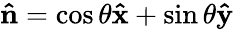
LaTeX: \mathbf{\hat{n}}=\cos\theta\mathbf{\hat{x}}+\sin\theta\mathbf{\hat{y}}